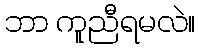
ဘာ ကူညီရမလဲ။